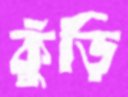
কুঁড়ি